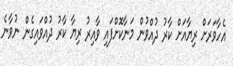
އެހާވަރަށް ރިޔާއަށް ކާރު ދުއްވުން މަނާކޮށްފައި ވާއިރު ރިޔާ ކާރު ދުއްވައިގެން ނުވާނެ